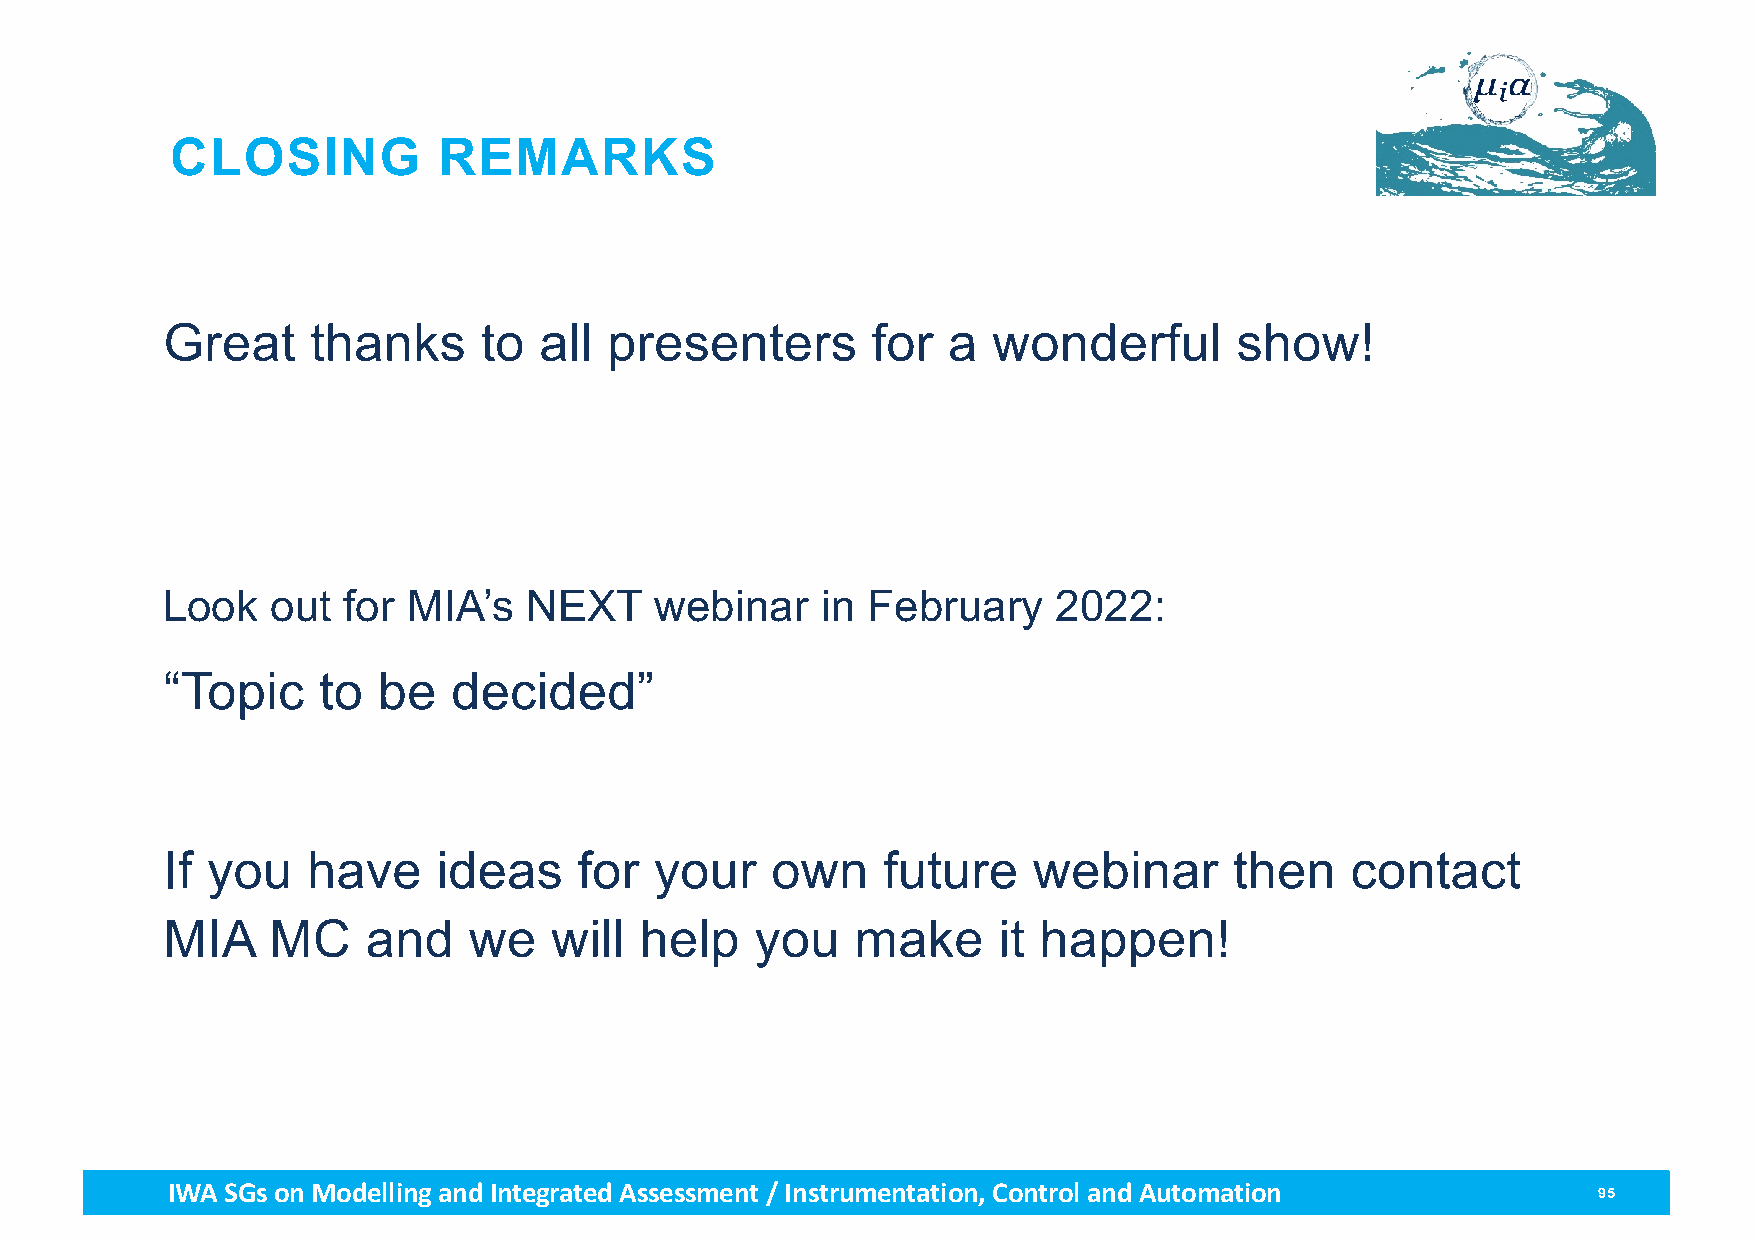
CLOSING           REMARKS
 Great     thanks     to  all presenters        for  a  wonderful       show!
 Look   out  for MIA’s   NEXT    webinar    in February     2022:
 “Topic    to  be   decided”
 If you   have     ideas    for  your    own    future    webinar       then   contact
 MIA    MC    and    we   will  help    you    make     it happen!
 IWA SGs on Modellingand Integrated Assessment / Instrumentation, Control and Automation        95